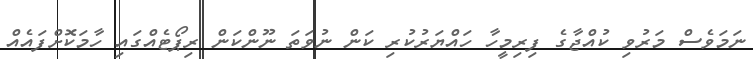
ނަމަވެސް މަރުވި ކުއްޖާގެ ފިރިމީހާ ހައްޔަރުކުރި ކަން ނުވަތަ ނޫންކަން ރިޕޯޓެއްގައި ހާމަކޮށްފައެއް